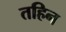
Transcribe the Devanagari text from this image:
तहिन